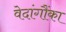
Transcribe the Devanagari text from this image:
वेदांगौंका